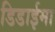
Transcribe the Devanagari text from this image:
डिडाईमा